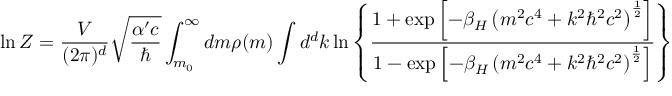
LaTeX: \ln Z = \frac { V } { ( 2 \pi ) ^ { d } } \: \sqrt { \frac { \alpha ^ { \prime } c } { \hbar } } \: \int _ { m _ { 0 } } ^ { \infty } \: d m \: \rho ( m ) \: \int d ^ { d } k \ln \left\lbrace \frac { 1 + \exp \left\lbrack - \beta _ { H } \left( m ^ { 2 } c ^ { 4 } + k ^ { 2 } \hbar ^ { 2 } c ^ { 2 } \right) ^ { \frac { 1 } { 2 } } \right\rbrack } { 1 - \exp \left\lbrack - \beta _ { H } \left( m ^ { 2 } c ^ { 4 } + k ^ { 2 } \hbar ^ { 2 } c ^ { 2 } \right) ^ { \frac { 1 } { 2 } } \right\rbrack } \right\rbrace